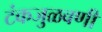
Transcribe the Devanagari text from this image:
टंकजुळवणी